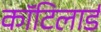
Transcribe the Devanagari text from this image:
कॉटिलार्ड